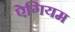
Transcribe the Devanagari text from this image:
ऐगियम